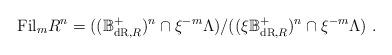
LaTeX: \begin{align*}\mathrm{Fil}_m R^n = ((\mathbb B_{\mathrm{dR},R}^+)^n\cap \xi^{-m} \Lambda) / ((\xi \mathbb B_{\mathrm{dR},R}^+)^n\cap \xi^{-m} \Lambda)\ .\end{align*}